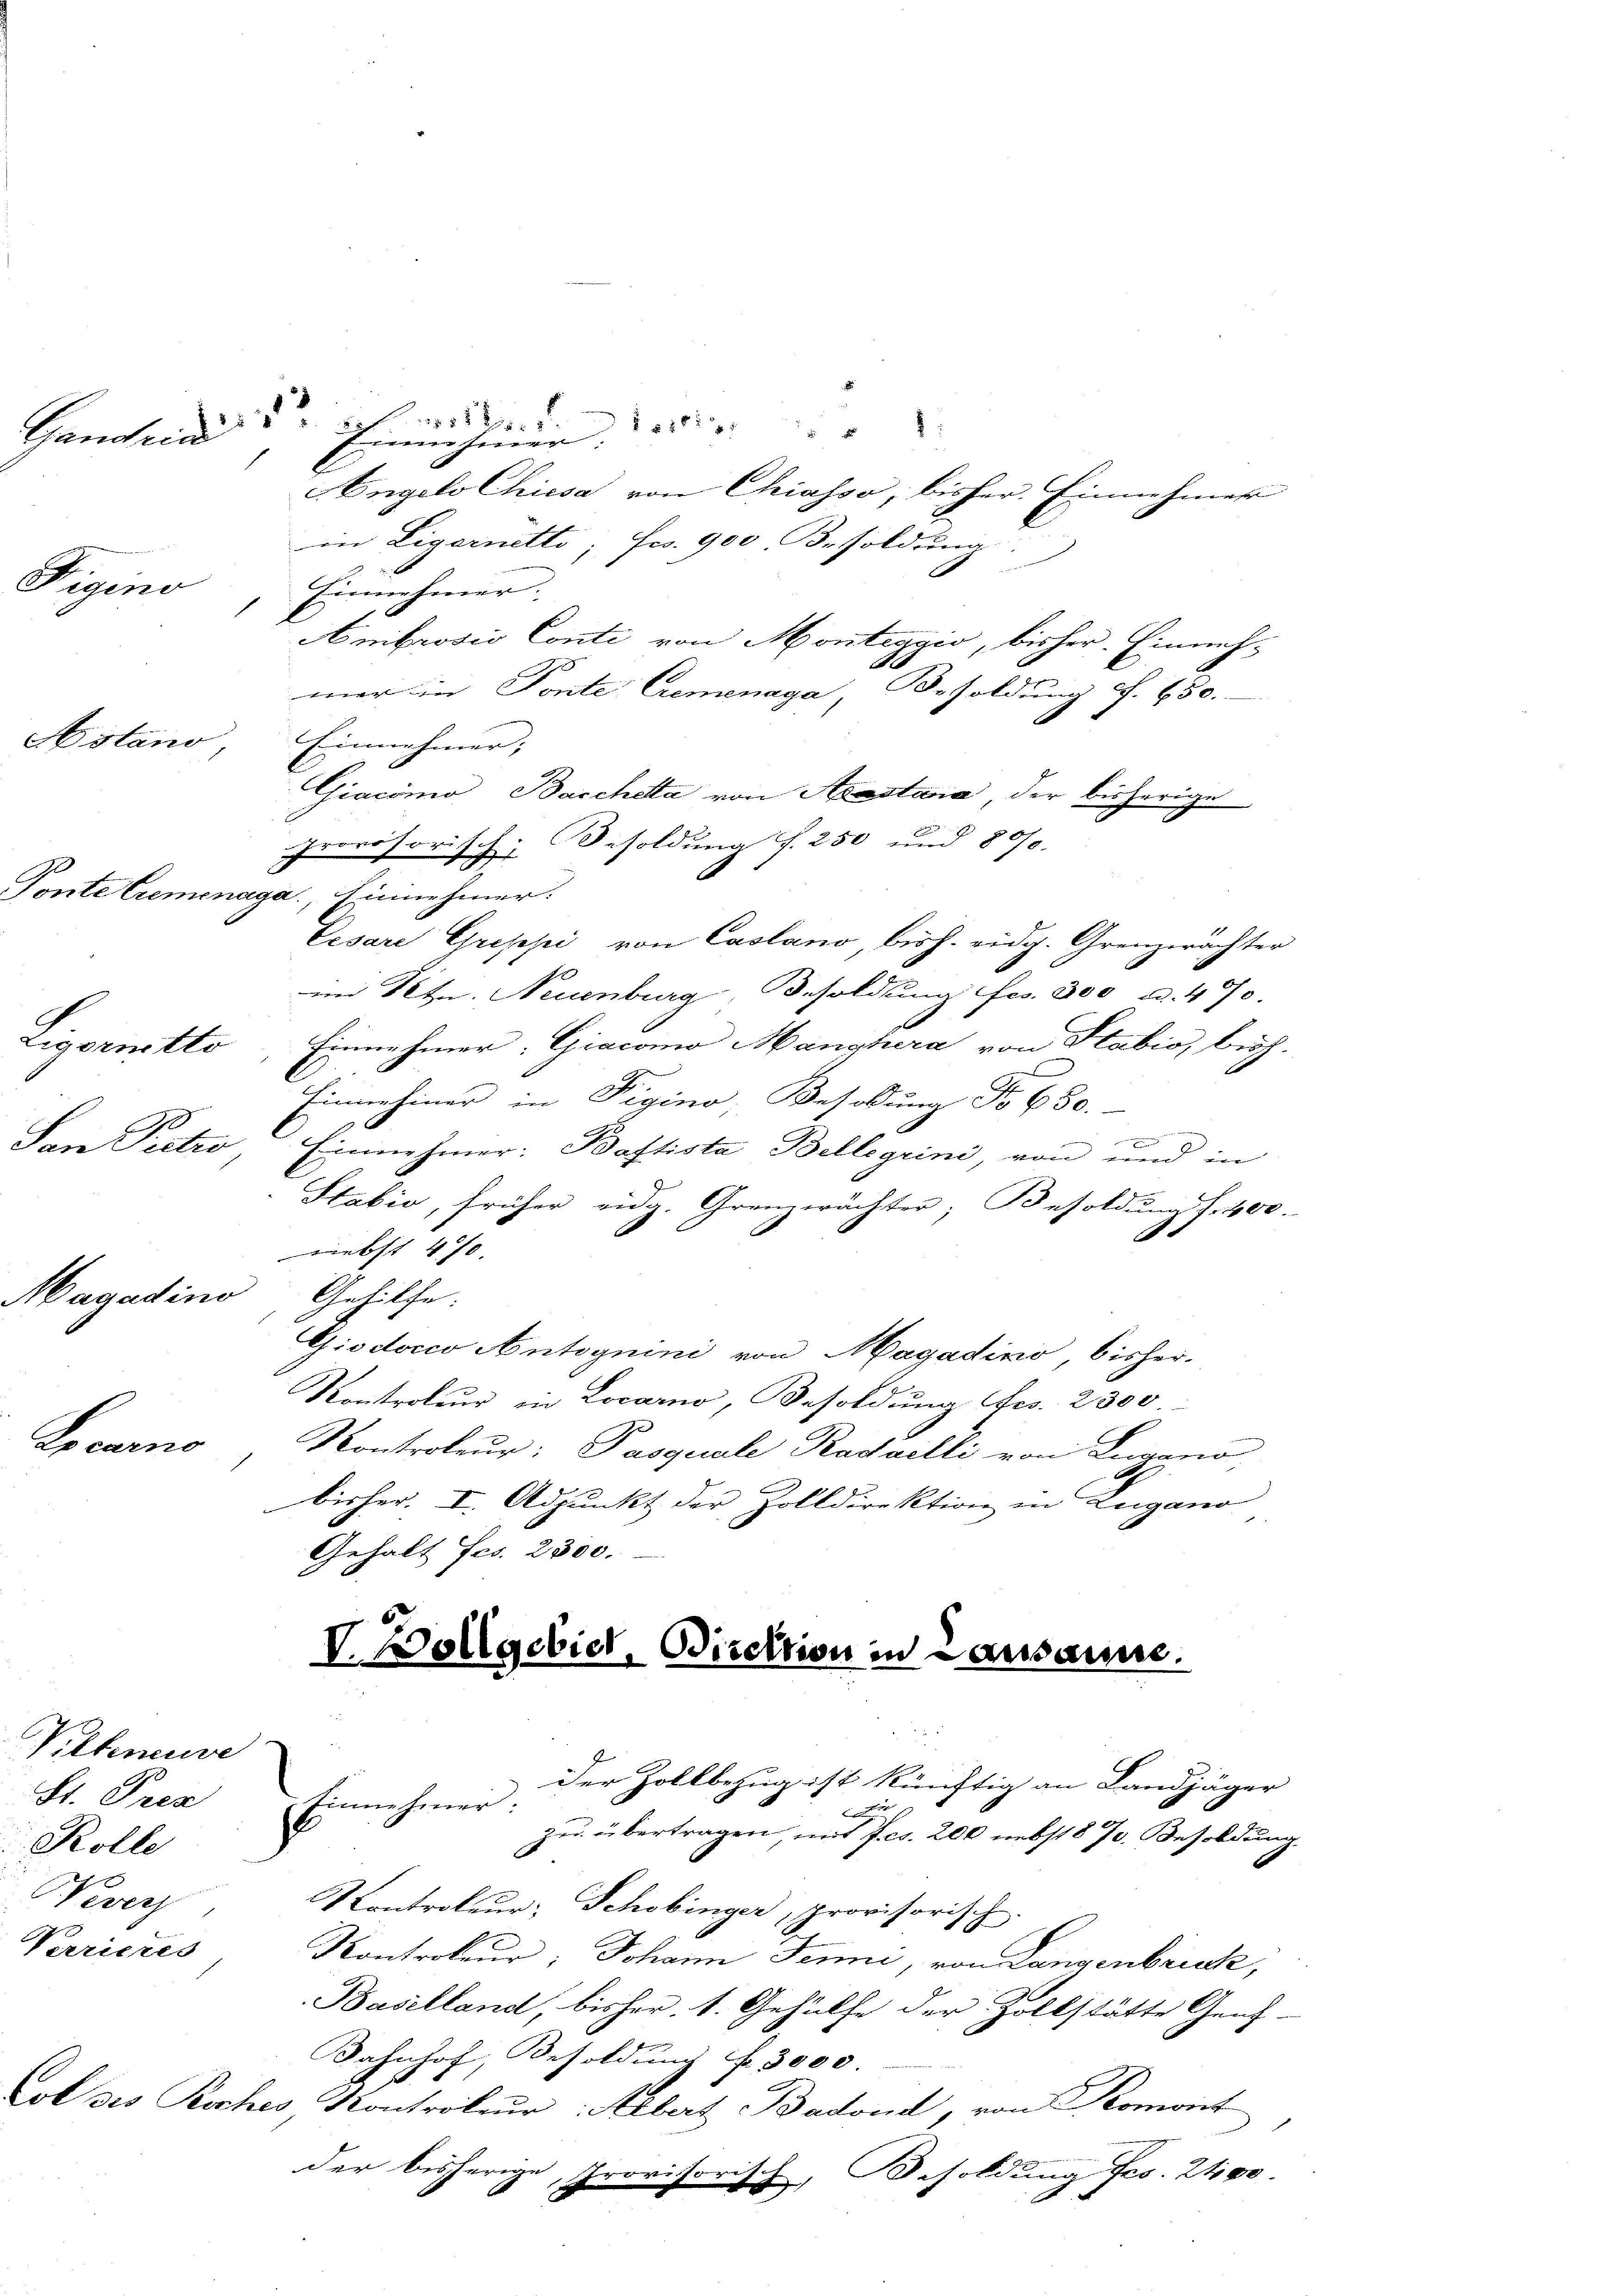
A

Figino

Ligormitto
San Pietro

Locarno

Astano

Pilteneuve
St. Pres
Rolle
Vever
Verrieres

8
Engels Chiesa von Chiasso, bisher. Einnehmer
in Ligernetto; Fr. 900 Besoldung
Einnehmer.
Ambrosio Conti von Monteggio, bisher. Einnehmner in Ponte Cremenaga, Besoldung S. 650.
Einnehmer;
Giacomo, Baccheta von Aastana der bisherige
provisorisch, Besoldung f. 250 und 800.
Ponte Cremenaga, innehmer.
Eesare Grippi von Casano, bish. eidg. Grenzerächter
im Setzn. Neuenburg, Besoldŭng frs. 300 a. 490.
Einnehmer: Giacomo Manchera von Stabio, bish
Einnehmer in Pigino, Besoldung No 630.
E
e
e
Ernennehmer: Baftista Bellegrini, von und in
Stabio, früher eidg. Grenzwächter, Besoldung f. 400.
iebst 470.
Cagadino, Gehilfe.
Giodocco Antoynini von Magadino, bisher-
Kontroler in Locarno, Besoldung fes. 2300.
Kontroleur: Pasquale Kadailli von Lugano
bisher. I. Adjunkt der Zolldirektion in Zugano
Gehalt Fcs. 2300.

Der Zollbezug ist künftig an Landjäger
Einnehmer:
Con
zu übertragen, mit fcs. 200 nebst § 70. Besoldung.
.
Kontroleur; Schobinger, provisorisch
Kontrokeur; Johann Jenni, von Langenbruck,
Baselland, bisher. 1. Gehülfe der Zollstätte Geneh-
Bahnhof, Besoldung f. 3000.
Col des Roches Kontroleur: Albert Badond, von Komont
der bisherige Provisorisch, Besoldung fes. 2400.
B
 x

Ganden Einnehmer.

d

V. Vollgebiet, Direktion in Lausanne.